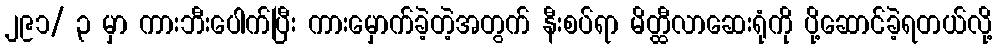
၂၉၁/ ၃ မှာ ကားဘီးပေါက်ပြီး ကားမှောက်ခဲ့တဲ့အတွက် နီးစပ်ရာ မိတ္ထီလာဆေးရုံကို ပို့ဆောင်ခဲ့ရတယ်လို့